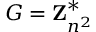
G = \mathbf { Z } _ { n ^ { 2 } } ^ { * }